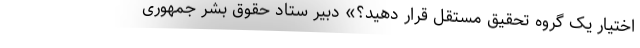
اختیار یک گروه تحقیق مستقل قرار دهید؟» دبیر ستاد حقوق بشر جمهوری